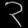
Digit: ၃